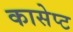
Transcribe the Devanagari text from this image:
कासेप्ट